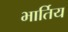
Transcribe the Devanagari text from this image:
भार्तिय